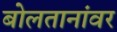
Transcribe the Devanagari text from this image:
बोलतानांवर